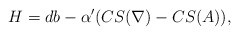
\begin{align*} H = db - \alpha'(CS(\nabla) - CS(A)),\end{align*}